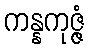
ကန္နကုဇ္ဇံ